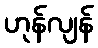
ဟုန်လျန်